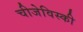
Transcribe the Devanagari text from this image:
चीजेविस्की